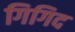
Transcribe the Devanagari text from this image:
गिगिद